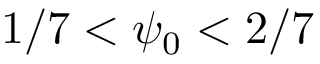
1 / 7 < \psi _ { 0 } < 2 / 7